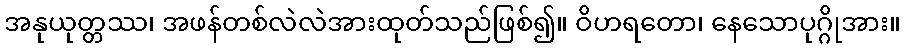
အနုယုတ္တဿ၊ အဖန်တစ်လဲလဲအားထုတ်သည်ဖြစ်၍။ ဝိဟရတော၊ နေသောပုဂ္ဂိုအား။